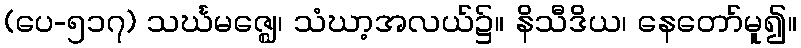
(ပေ-၅၁၇) သင်္ဃမဇ္ဈေ၊ သံဃာ့အလယ်၌။ နိသီဒိယ၊ နေတော်မူ၍။